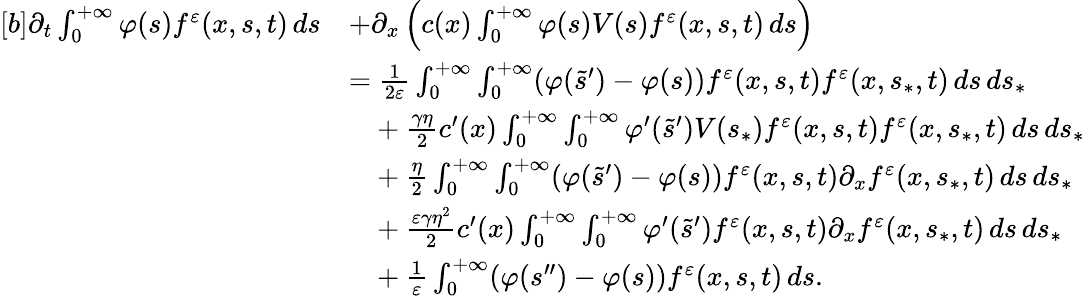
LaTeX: \begin{array}{r}{\begin{array}{rl}{[b]\partial_{t}\int_{0}^{+\infty}\varphi(s)f^{\varepsilon}(x,s,t)\, ds}&{+\partial_{x}\left(c(x)\int_{0}^{+\infty}\varphi(s)V(s)f^{\varepsilon}(x,s,t)\, ds\right)}\\ &{=\frac{1}{2\varepsilon}\int_{0}^{+\infty}\int_{0}^{+\infty}(\varphi(\tilde{s}^{\prime})-\varphi(s))f^{\varepsilon}(x,s,t)f^{\varepsilon}(x,s_{\ast},t)\, ds\, ds_{\ast}}\\ &{\phantom{=}+\frac{\gamma\eta}{2}c^{\prime}(x)\int_{0}^{+\infty}\int_{0}^{+\infty}\varphi^{\prime}(\tilde{s}^{\prime})V(s_{\ast})f^{\varepsilon}(x,s,t)f^{\varepsilon}(x,s_{\ast},t)\, ds\, ds_{\ast}}\\ &{\phantom{=}+\frac{\eta}{2}\int_{0}^{+\infty}\int_{0}^{+\infty}(\varphi(\tilde{s}^{\prime})-\varphi(s))f^{\varepsilon}(x,s,t)\partial_{x}f^{\varepsilon}(x,s_{\ast},t)\, ds\, ds_{\ast}}\\ &{\phantom{=}+\frac{\varepsilon\gamma\eta^{2}}{2}c^{\prime}(x)\int_{0}^{+\infty}\int_{0}^{+\infty}\varphi^{\prime}(\tilde{s}^{\prime})f^{\varepsilon}(x,s,t)\partial_{x}f^{\varepsilon}(x,s_{\ast},t)\, ds\, ds_{\ast}}\\ &{\phantom{=}+\frac{1}{\varepsilon}\int_{0}^{+\infty}(\varphi(s^{\prime\prime})-\varphi(s))f^{\varepsilon}(x,s,t)\, ds.}\end{array}}\end{array}